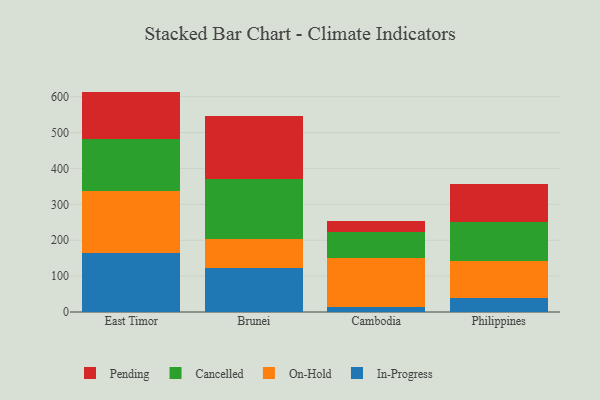
{"axis": {"x": "Country", "y": "Satisfaction Score"}, "legend": ["Cancelled", "In-Progress", "On-Hold", "Pending"], "data": [{"x": "East Timor", "y": 165.6, "type": "In-Progress"}, {"x": "East Timor", "y": 172.7, "type": "On-Hold"}, {"x": "East Timor", "y": 142.7, "type": "Cancelled"}, {"x": "East Timor", "y": 133.1, "type": "Pending"}, {"x": "Brunei", "y": 122.1, "type": "In-Progress"}, {"x": "Brunei", "y": 81.7, "type": "On-Hold"}, {"x": "Brunei", "y": 167.1, "type": "Cancelled"}, {"x": "Brunei", "y": 174.5, "type": "Pending"}, {"x": "Cambodia", "y": 15.0, "type": "In-Progress"}, {"x": "Cambodia", "y": 135.3, "type": "On-Hold"}, {"x": "Cambodia", "y": 71.3, "type": "Cancelled"}, {"x": "Cambodia", "y": 31.4, "type": "Pending"}, {"x": "Philippines", "y": 39.3, "type": "In-Progress"}, {"x": "Philippines", "y": 102.2, "type": "On-Hold"}, {"x": "Philippines", "y": 110.1, "type": "Cancelled"}, {"x": "Philippines", "y": 105.0, "type": "Pending"}]}